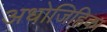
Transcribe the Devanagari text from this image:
अधोजिह्विका